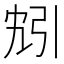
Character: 𫸬